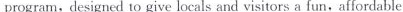
program,designed to give locals and visitors a fun, affordable